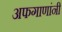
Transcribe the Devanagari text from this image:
अफगाणांनी